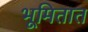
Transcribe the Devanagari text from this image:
भूमितात